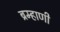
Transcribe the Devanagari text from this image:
ब्रम्हाणी